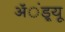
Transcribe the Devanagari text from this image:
ॲंड्र्यू